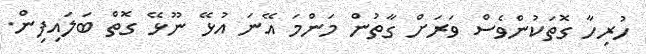
ހުރިހާ ގޮތަކުންވެސް ވަރަށް ގާތުން މަންމަ އޭނަ އުޅޭ ނޫޅޭ ގޮތް ބަލައިފިން.